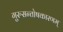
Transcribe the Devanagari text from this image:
गुरुसन्तोषकारणम्